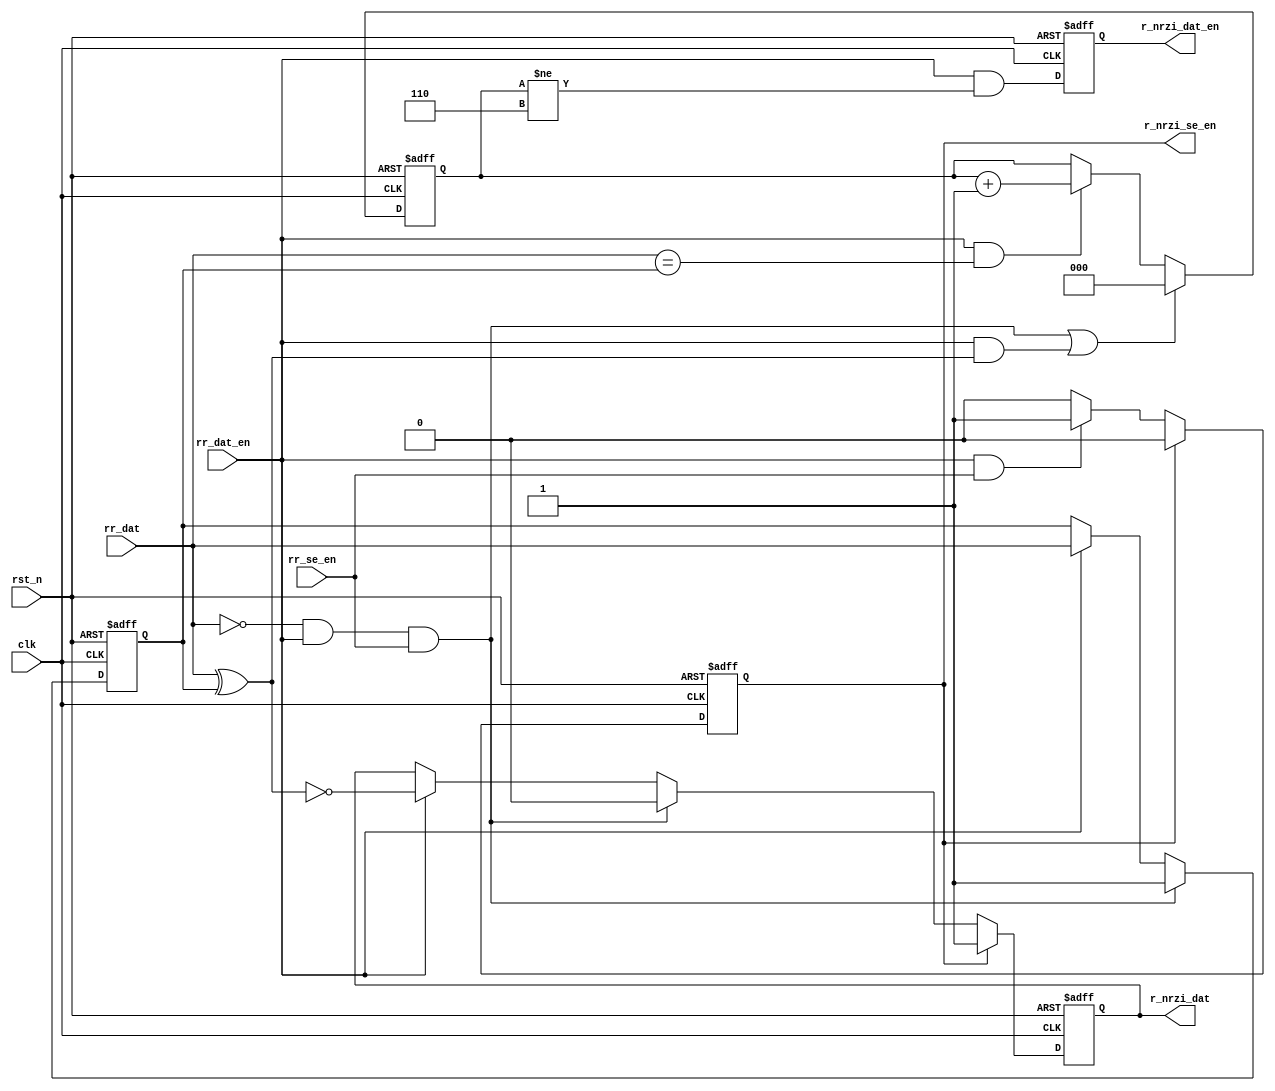
module phy_rx_nrzi(
    input      clk          ,
    input      rst_n        ,

    input      rr_dat       ,
    input      rr_dat_en    ,
    input      rr_se_en     ,

    output reg r_nrzi_dat   ,
    output reg r_nrzi_dat_en,
    output reg r_nrzi_se_en  
);

reg        data_buf;
wire       se0_flag;
reg  [2:0] count6  ;

assign se0_flag = ~rr_dat && rr_dat_en && rr_se_en;

always@(posedge clk or negedge rst_n) begin
if(!rst_n)
    data_buf <= 1'b1  ;
else if(se0_flag)
    data_buf <= 1'b1  ;
else if(rr_dat_en) 
    data_buf <= rr_dat;
end

always@(posedge clk or negedge rst_n) begin
if(!rst_n)
    r_nrzi_dat <= 1'b1;
else if(r_nrzi_se_en)
    r_nrzi_dat <= 1'b1;
else if(se0_flag)
    r_nrzi_dat <= 1'b0;
else if(rr_dat_en)
    r_nrzi_dat <= ~(rr_dat ^ data_buf);
end

always@(posedge clk or negedge rst_n) begin
if(!rst_n)
    count6 <= 3'd0;
else if(se0_flag || (rr_dat_en && (rr_dat^data_buf)))
    count6 <= 3'd0;
else if(rr_dat_en && rr_dat==data_buf)    
    count6 <= count6 + 1'b1;
end

always@(posedge clk or negedge rst_n) begin
if(!rst_n)
    r_nrzi_dat_en <= 1'b0;
else 
    r_nrzi_dat_en <= rr_dat_en && (count6!=3'd6);
end

always@(posedge clk or negedge rst_n) begin
if(!rst_n)
    r_nrzi_se_en <= 1'b0;
else if(r_nrzi_se_en)    
    r_nrzi_se_en <= 1'b0;
else if(rr_dat_en && rr_se_en)
    r_nrzi_se_en <= 1'b1;
end

endmodule